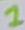
Text: 1